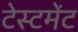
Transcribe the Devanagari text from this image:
टेस्टमेंट